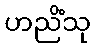
ဟညိံသု